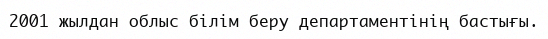
2001 жылдан облыс білім беру департаментінің бастығы.